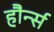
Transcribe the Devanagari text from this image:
हौर्न्स